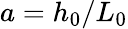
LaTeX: a=h_{0}/L_{0}